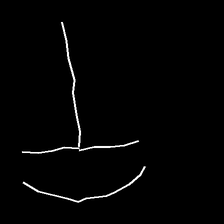
Glyph: dispersion